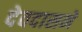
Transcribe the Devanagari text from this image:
देवदासमे